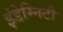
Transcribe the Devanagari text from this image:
इंडेम्निटी